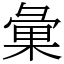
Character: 𢑥